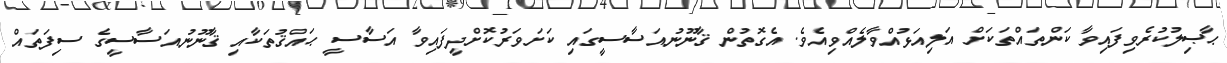
ޙާޞިލުކުރެވިފައިވާ ކަންތައްތަކަށް އަލިއަޅުއްވާލެއްވިއެވެ. އެގޮތުން ޤާނޫނުއަސާސީގައި ކަށަވަރުކޮށްދީފައިވާ އަސާސީ ޙައްޤުތަކާއި ޤާނޫނުއަސާސީގެ ސިފަތައް